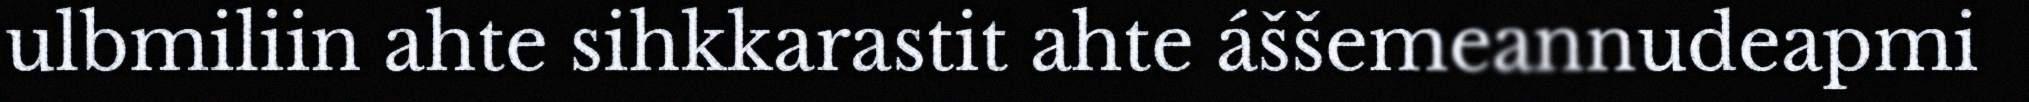
ulbmiliin ahte sihkkarastit ahte áššemeannudeapmi